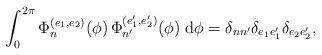
LaTeX: \begin{align*}\int_{0}^{2\pi}\Phi_{n}^{(e_1,e_2)}(\phi)\,\Phi_{n'}^{(e_1',e_2')}(\phi)\;\mathrm{d}\phi=\delta_{nn'}\delta_{e_1e_1'}\delta_{e_2e_2'},\end{align*}